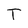
Character: T